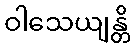
ဝါသေယျန္တိ